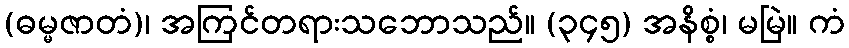
(ဓမ္မဇာတံ)၊ အကြင်တရားသဘောသည်။ (၃၄၅) အနိစ္စံ၊ မမြဲ။ ကံ